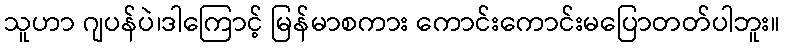
သူဟာ ဂျပန်ပဲ၊ဒါကြောင့် မြန်မာစကား ကောင်းကောင်းမပြောတတ်ပါဘူး။